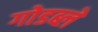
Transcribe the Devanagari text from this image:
गोडब्ले